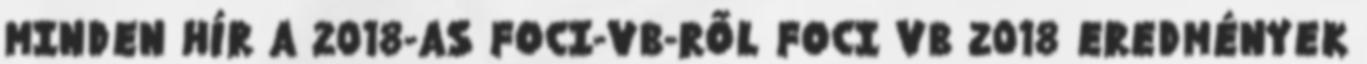
MINDEN HÍR A 2018-AS FOCI-VB-RŐL FOCI VB 2018 EREDMÉNYEK